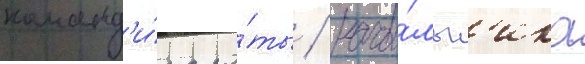
команд'и́ра ро́ты / нача́льн'ика